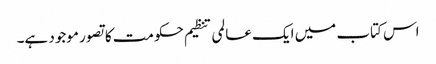
اس کتاب میں ایک عالمی تنظیم حکومت کا تصور موجود ہے۔